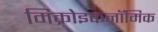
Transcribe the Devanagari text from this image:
मिक्रोइकनॉमिक